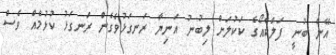
އޭނާ ބުނީ ފަލްކާއޯގެ ކަކުލަށް ލިބުނު އަނިޔާ ރަނގަޅުވެގެން ރަނގަޅު ކުޅުމެއް ވެސް